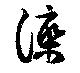
灤